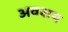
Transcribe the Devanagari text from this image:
अवशय